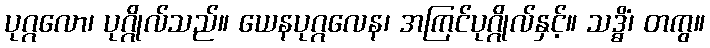
ပုဂ္ဂလော၊ ပုဂ္ဂိုလ်သည်။ ယေနပုဂ္ဂလေန၊ အကြင်ပုဂ္ဂိုလ်နှင့်။ သဒ္ဓိံ၊ တကွ။